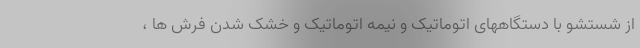
از شستشو با دستگاههای اتوماتیک و نیمه اتوماتیک و خشک شدن فرش ها ،